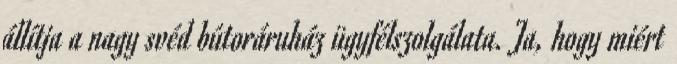
állítja a nagy svéd bútoráruház ügyfélszolgálata. Ja, hogy miért